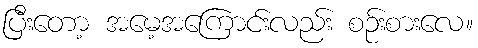
ပြီးတော့ အမေ့အကြောင်းလည်း စဉ်းစားလေ။